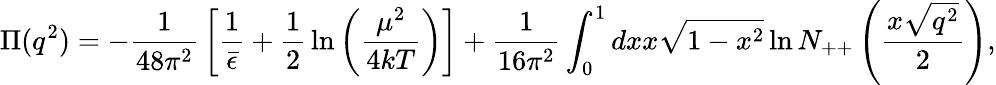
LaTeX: \Pi(q^{2})=-{\frac{1}{48\pi^{2}}}\left[{\frac{1}{\bar{\epsilon}}}+{\frac{1}{2}}\ln\left({\frac{\mu^{2}}{4kT}}\right)\right]+{\frac{1}{16\pi^{2}}}\int_{0}^{1}dxx\sqrt{1-x^{2}}\ln N_{++}\left({\frac{x\sqrt{q^{2}}}{2}}\right),